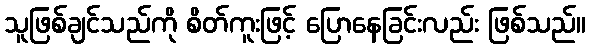
သူဖြစ်ချင်သည်ကို စိတ်ကူးဖြင့် ပြောနေခြင်းလည်း ဖြစ်သည်။